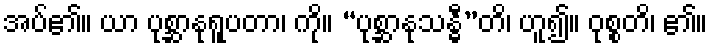
အပ်၏။ ယာ ပုစ္ဆာနုရူပတာ၊ ကို။ “ပုစ္ဆာနုသန္ဓီ”တိ၊ ဟူ၍။ ဝုစ္စတိ၊ ၏။